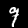
Digit: 9